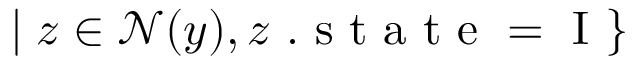
| \; z \in \mathcal { N } ( y ) , z \mathrm { ~ . ~ s ~ t ~ a ~ t ~ e ~ = ~ I ~ } \}